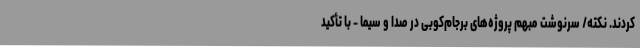
کردند. نکته/ سرنوشت مبهم پروژه‌های برجام‌کوبی در صدا و سیما - با تأکید